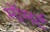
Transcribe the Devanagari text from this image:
मॉमर्ट